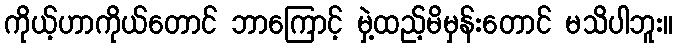
ကိုယ့်ဟာကိုယ်တောင် ဘာကြောင့် မှဲ့ထည့်မိမှန်းတောင် မသိပါဘူး။